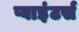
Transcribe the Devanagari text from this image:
प्वाइंटर्स